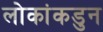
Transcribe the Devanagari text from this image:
लोकांकडुन